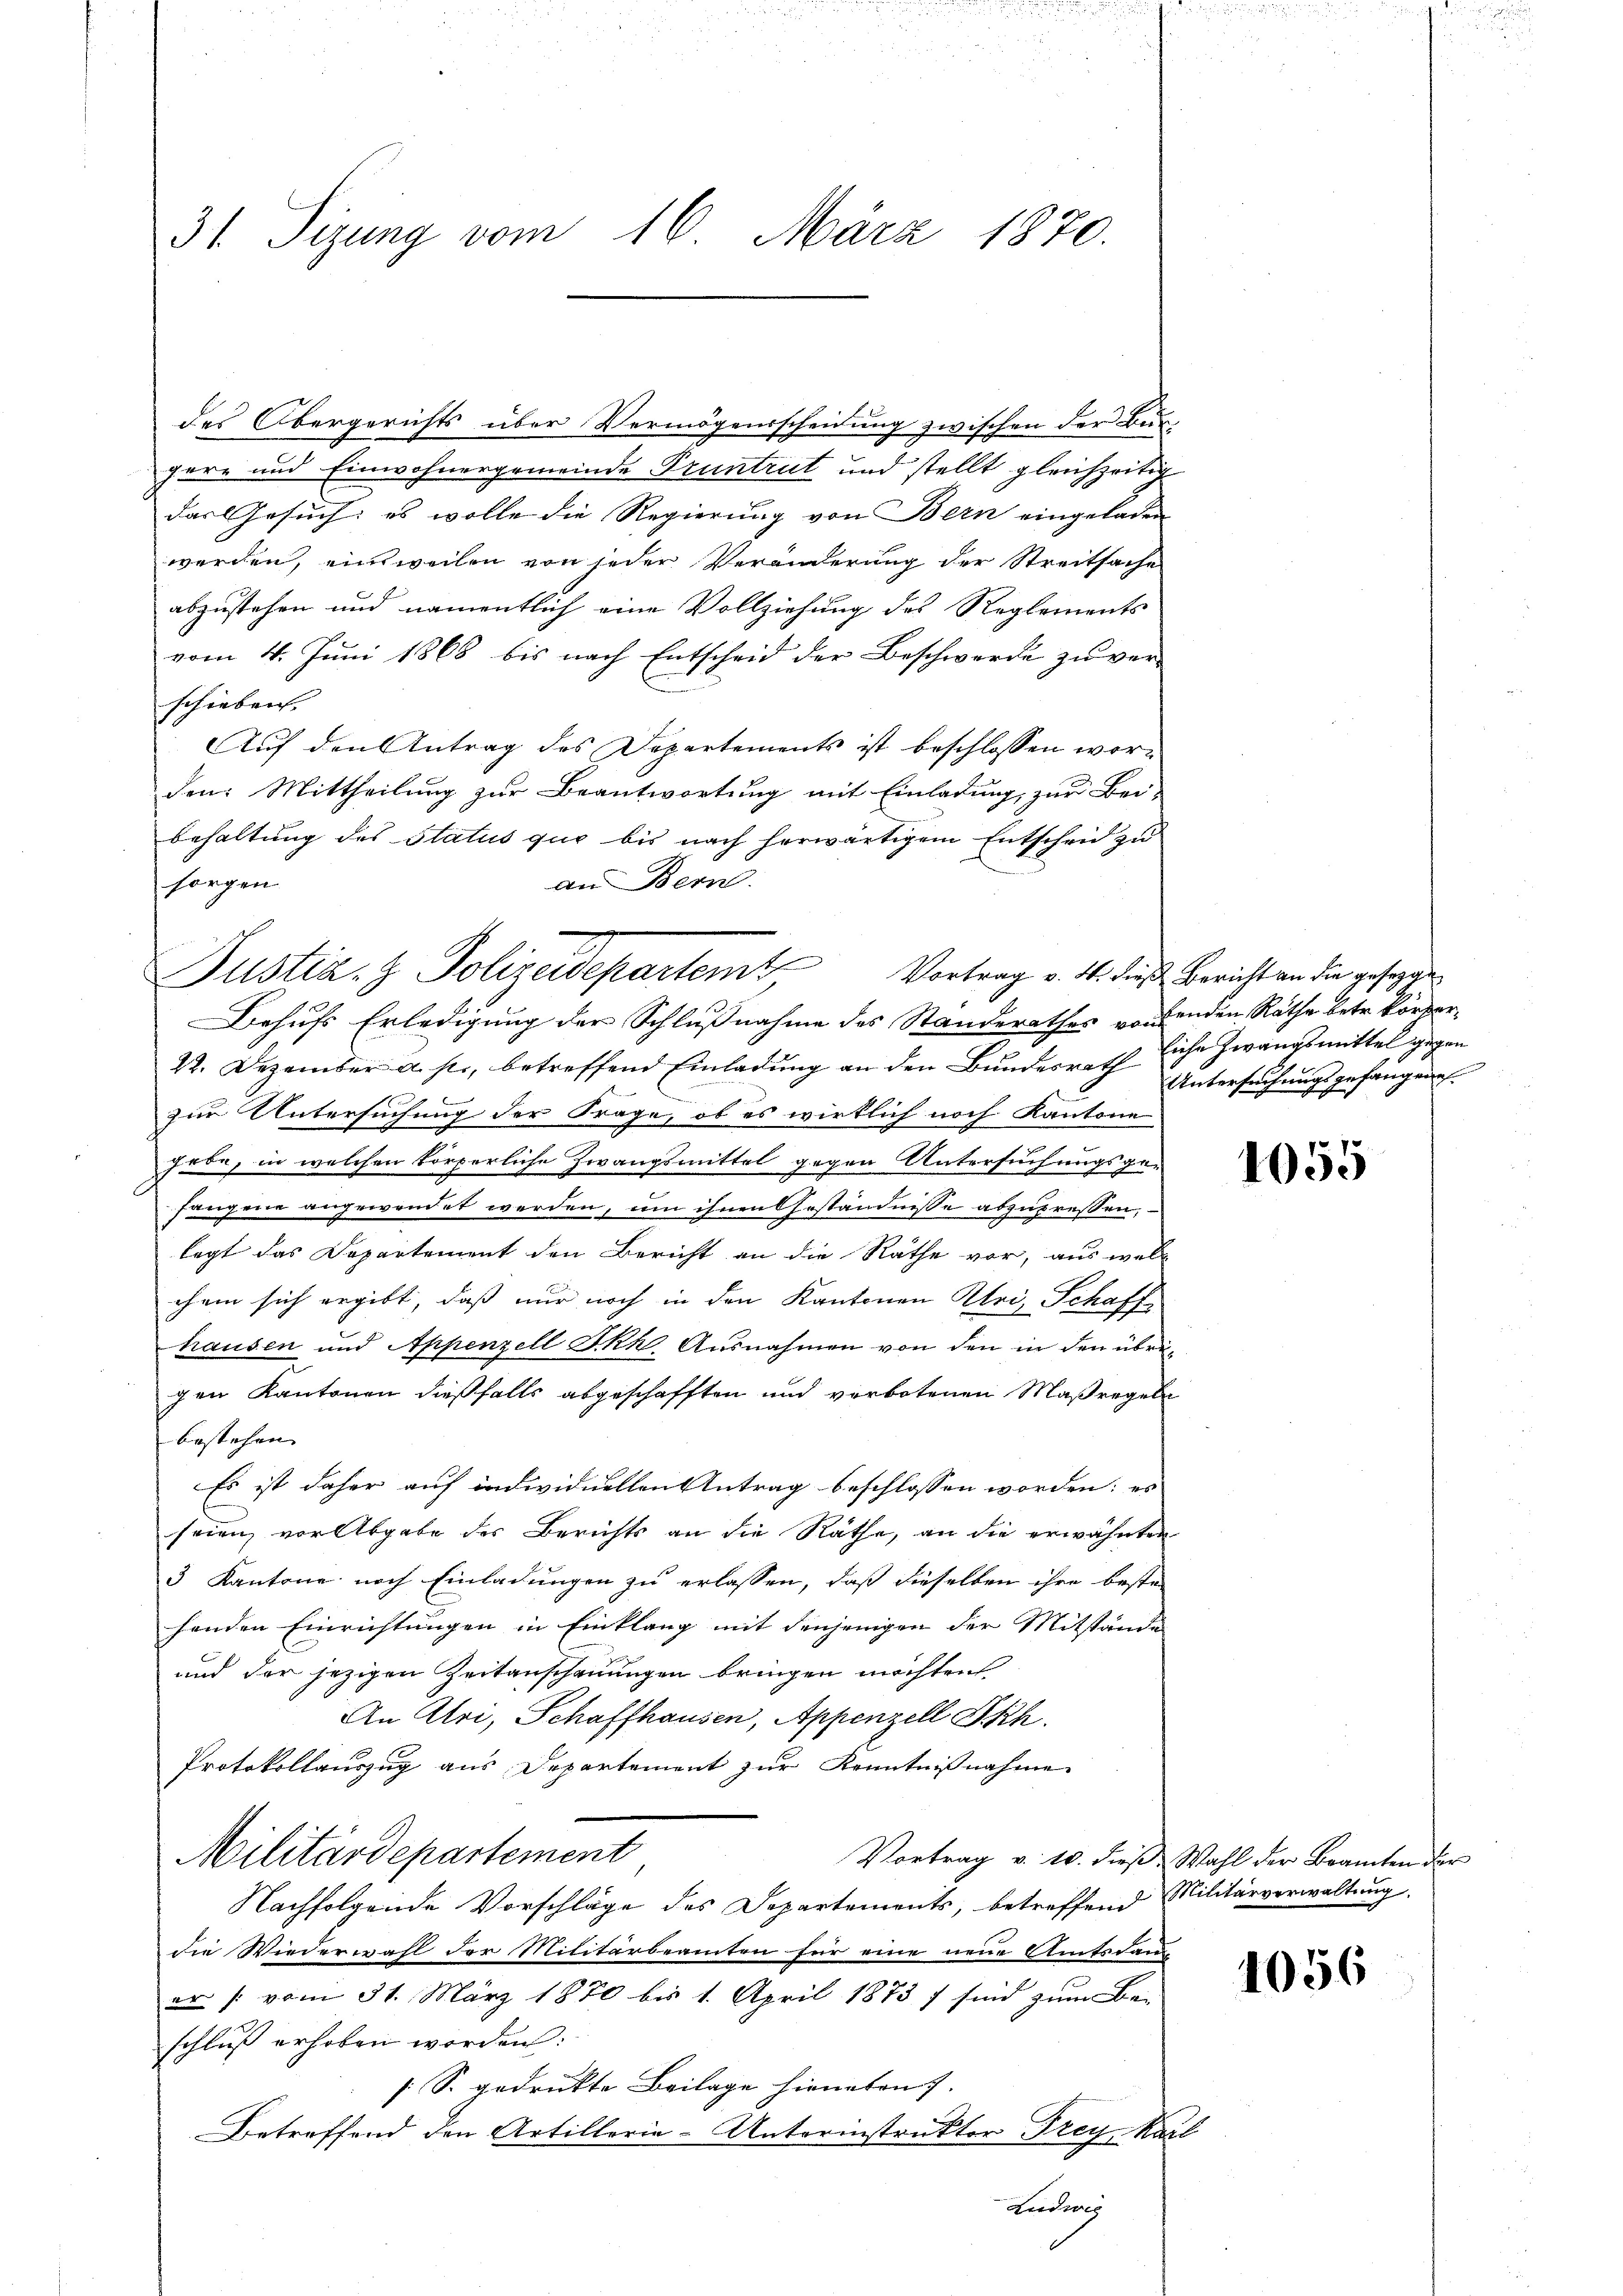
31 Sizung vom 16. März 1870.

des Obergerichts über Vermögensscheidung zwischen der Burgere und Einwohnergemeinde Pruntrut und stellt gleichzeitig
das Gesuch: es wolle die Regierung von Bern eingeladen
werden, einweilen von jeder Veränderung der Streitsache
abzustehen und namentlich eine Vollziehung des Reglements
vom 4. Jŭni 1868 bis nach Entscheid der Beschwerde zŭ ver-
schieben.
Auf den Antrag des Departements ist beschlossen worden: Mittheilung zur Beantwortung mit Einladung, zur Bei-
behaltung des Status quo bis nach herwärtigem Entscheid zu
an Bern.
sorgen
Behufs Erledigung der Schlußnahme des Standerathes vorbenden Räthe betr. körper¬
22. Dezember a. p., betreffend Einladung an den Bundesrath Untersuchungsgefangen
zur Untersuchung der Frage, ob es wirklich noch Kantone
Jode, in welchen körperliche Zwangsmittel gegen Untersuchungsge-
fangene angewendet werden, um ihnen Geständnisse abzutressen,
legt das Departement den Bericht an die Räthe vor, aus wel
chem sich ergibt, daß nur noch in den Kantonen Alois Schaffhausen und Appenzell Ikk. Ausnahmen von den in den übrigen Kantonen dießfalls abgeschafften und verbotenen Maßregeln
bestehen
Es ist daher auf individuellen Antrag beschlossen worden; es
seien vor Abgabe des Berichts an die Räthe, an die erwähnten
3 Kantone nach Einladungen zu erlassen, daß dieselben ihre bestehenden Einrichtungen in Einklang mit denjenigen der Mitstände
und der jezigen Zeitanschauungen bringen möchten.
An Uri, Schaffhausen, Appenzell Ikh.
Protokollauszug aus Departement zur Kenntnißnahme
Militärdepartement
Vortrag v. 10. dieβ. Wahl der Beamten der
Nachfolgende Vorschläge des Departements, betreffend Militärverwaltung
die Wiederwahl der Militärbeamten für eine neue Amtsdann
er /: vom 31. März 1870 bis 1. April 1873 sind zum Be-
schluß erhoben worden:
[S. gedrukte Beilage hieneten.
Betreffend den Artillerie-Unterinstruktor Frey Karl
andwes

Justiz- & Polizeidepartemt

Vortrag v. 4. dieß Bericht an die gesegge
liche Zwangsmittel gegen

1055

1056